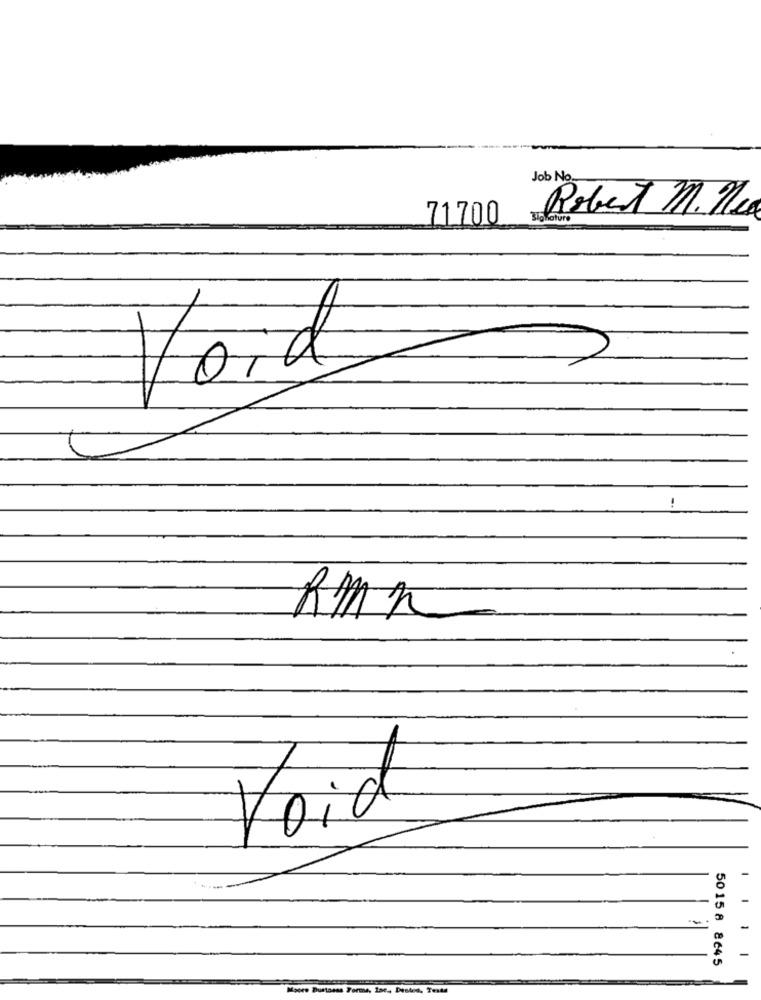
Job No.
Robert M. ne
71700
Void
RMA
Koid
50 15 8 8645
core Dustases Forme, Inc ., Destoa, Texte